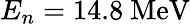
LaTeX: E_{n}=14.8~\mathrm{MeV}